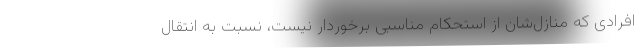
افرادی که منازل‌شان از استحکام مناسبی برخوردار نیست، نسبت به انتقال